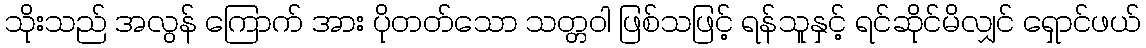
သိုးသည် အလွန် ကြောက် အား ပိုတတ်သော သတ္တဝါ ဖြစ်သဖြင့် ရန်သူနှင့် ရင်ဆိုင်မိလျှင် ရှောင်ဖယ်